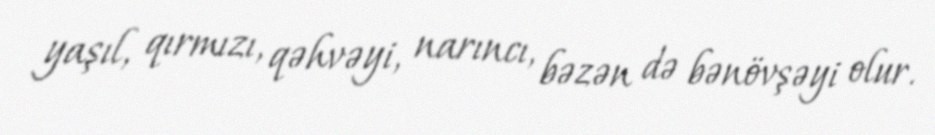
yaşıl, qırmızı, qəhvəyi, narıncı, bəzən də bənövşəyi olur.